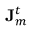
\mathbf { J } _ { m } ^ { t }